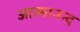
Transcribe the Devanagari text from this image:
आत्‍मानन्द